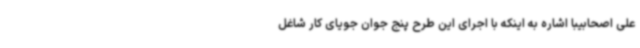
علی اصحابیبا اشاره به اینکه با اجرای این طرح پنج جوان جویای کار شاغل